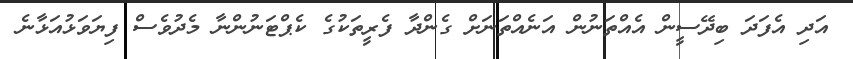
އަދި އެފަދަ ބިދޭސީން އެއްތަނުން އަނެއްތަނަށް ގެންދާ ފެރީތަކުގެ ކެޕްޓަނުންނާ މެދުވެސް ފިޔަވަޅުއަޅާނެ